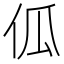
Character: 𠇗